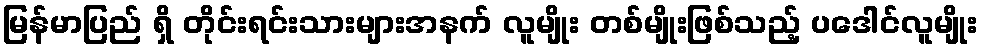
မြန်မာပြည် ရှိ တိုင်းရင်းသားများအနက် လူမျိုး တစ်မျိုးဖြစ်သည့် ပဒေါင်လူမျိုး